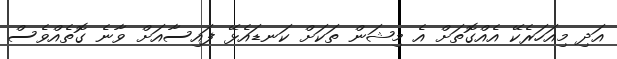
އަދި މިއަހަރެކޭ އެއްގޮތަށް އެ މިޝަން ތަކަށް ކަނޑައެޅޭ ފައިސާއަށް ވާނެ ގޮތެއްވެސް